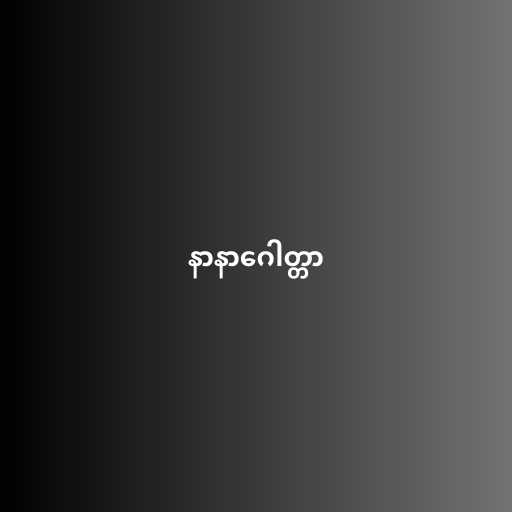
နာနာဂေါတ္တာ